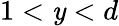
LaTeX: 1<\mathit{y}<d